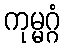
ကုမ္မဂ္ဂံ